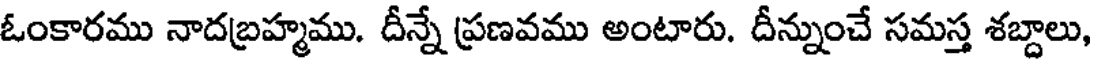
ఓంకారము నాదబ్రహ్మము. దీన్నే ప్రణవము అంటారు. దీన్నుంచే సమస్త శబ్దాలు,